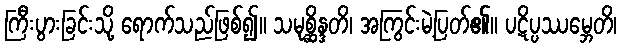
ကြီးပွားခြင်းသို့ ရောက်သည်ဖြစ်၍။ သမုစ္ဆိန္ဒတိ၊ အကြွင်းမဲ့ပြတ်၏။ ပဋိပ္ပဿမ္ဘေတိ၊